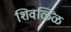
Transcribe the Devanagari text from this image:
शिवळ्ळि